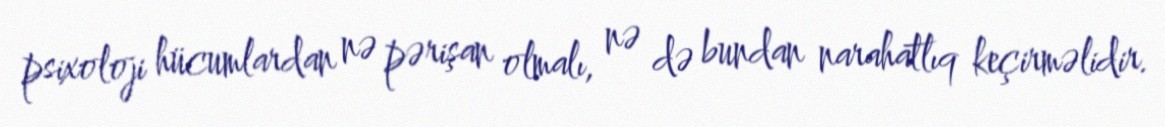
psixoloji hücumlardan nə pərişan olmalı, nə də bundan narahatlıq keçirməlidir.